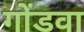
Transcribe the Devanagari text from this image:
गोंडवा